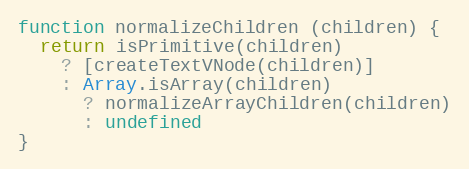
Language: JavaScript
function normalizeChildren (children) {
  return isPrimitive(children)
    ? [createTextVNode(children)]
    : Array.isArray(children)
      ? normalizeArrayChildren(children)
      : undefined
}